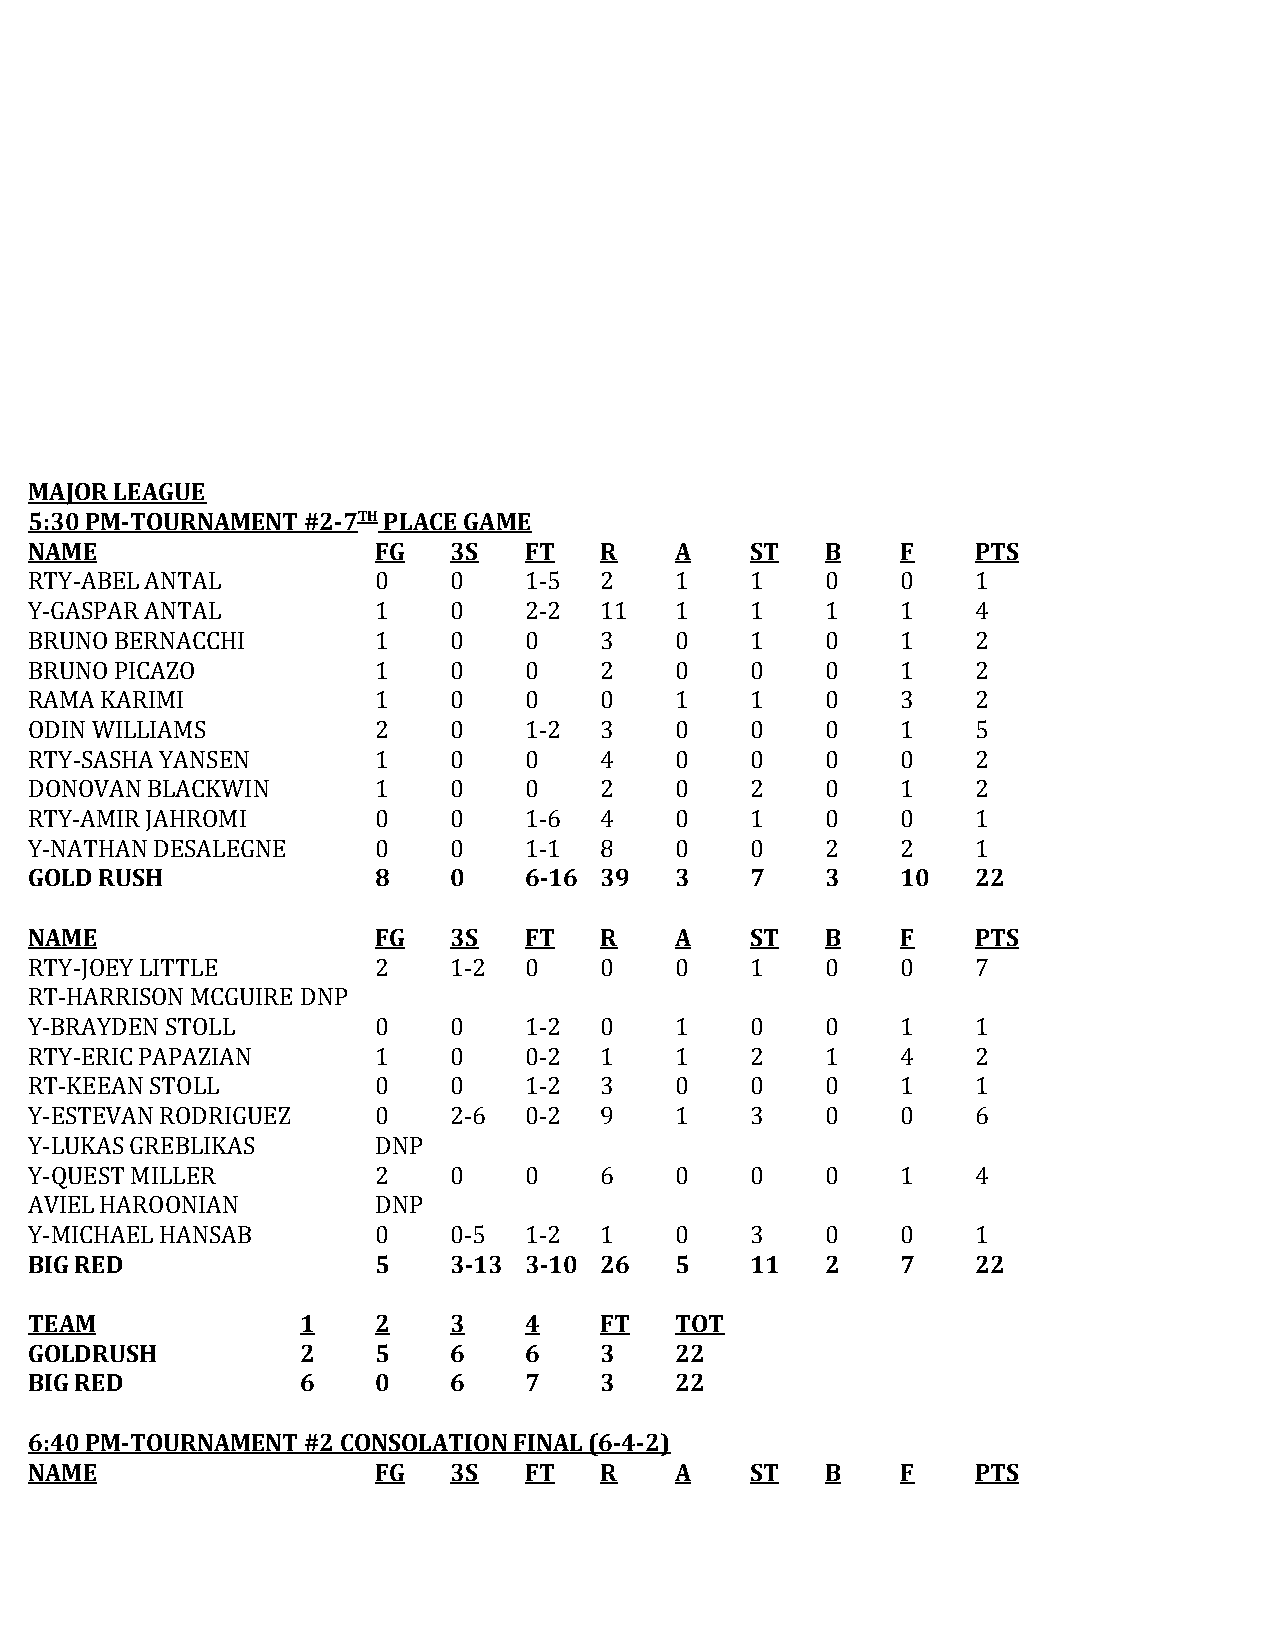
MAJOR LEAGUE
 5:30 PM-TOURNAMENT #2-7TH PLACE GAME
 ​
 ​
 NAME                   FG   3S   FT   R    A    ST   B    F    PTS
 RTY-ABEL ANTAL         0    0    1-5  2    1    1    0    0    1
 Y-GASPAR ANTAL         1    0    2-2  11   1    1    1    1    4
 BRUNO BERNACCHI        1    0    0    3    0    1    0    1    2
 BRUNO PICAZO           1    0    0    2    0    0    0    1    2
 RAMA KARIMI            1    0    0    0    1    1    0    3    2
 ODIN WILLIAMS          2    0    1-2  3    0    0    0    1    5
 RTY-SASHA YANSEN       1    0    0    4    0    0    0    0    2
 DONOVAN BLACKWIN       1    0    0    2    0    2    0    1    2
 RTY-AMIR JAHROMI       0    0    1-6  4    0    1    0    0    1
 Y-NATHAN DESALEGNE     0    0    1-1  8    0    0    2    2    1
 GOLD RUSH              8    0    6-16 39   3    7    3    10   22
 NAME                   FG   3S   FT   R    A    ST   B    F    PTS
 RTY-JOEY LITTLE        2    1-2  0    0    0    1    0    0    7
 RT-HARRISON MCGUIRE DNP
 Y-BRAYDEN STOLL        0    0    1-2  0    1    0    0    1    1
 RTY-ERIC PAPAZIAN      1    0    0-2  1    1    2    1    4    2
 RT-KEEAN STOLL         0    0    1-2  3    0    0    0    1    1
 Y-ESTEVAN RODRIGUEZ    0    2-6  0-2  9    1    3    0    0    6
 Y-LUKAS GREBLIKAS      DNP
 Y-QUEST MILLER         2    0    0    6    0    0    0    1    4
 AVIEL HAROONIAN        DNP
 Y-MICHAEL HANSAB       0    0-5  1-2  1    0    3    0    0    1
 BIG RED                5    3-13 3-10 26   5    11   2    7    22
 TEAM              1    2    3    4    FT   TOT
 GOLDRUSH          2    5    6    6    3    22
 BIG RED           6    0    6    7    3    22
 6:40 PM-TOURNAMENT #2 CONSOLATION FINAL (6-4-2)
 NAME                   FG   3S   FT   R    A    ST   B    F    PTS